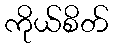
ကိုယ်စိတ်